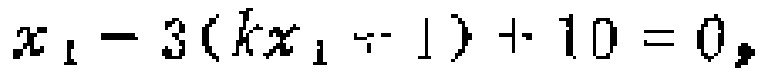
$x_{1}-3(kx_{1}+1)+10 = 0,$